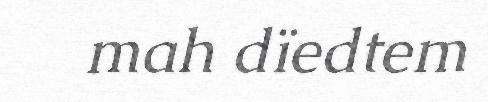
mah dïedtem